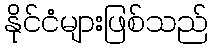
နိုင်ငံများဖြစ်သည်